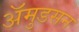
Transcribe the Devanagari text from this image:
अॅमुडसन